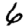
Digit: 6